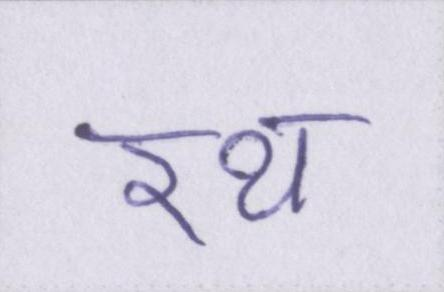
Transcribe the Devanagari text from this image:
रथ